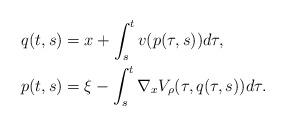
LaTeX: \begin{align*}q(t,s)&=x+\int_s^t v(p(\tau,s)) d\tau , \\p(t,s)&=\xi-\int_s^t \nabla_x V_\rho(\tau,q(\tau,s)) d\tau . \end{align*}